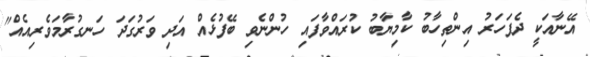
އޭނާއަކީ ދެފަހަރު އިންތިހާބު ކާމިޔާބު ކުރައްވާފައި ހުންނެވި ބޭފުޅެއް އަދި ވަރުގަދަ ހަނގުރާމަވެރިއެއް"